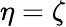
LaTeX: \eta=\zeta